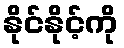
နိုင်နိုင့်ကို